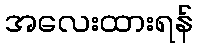
အလေးထားရန်